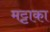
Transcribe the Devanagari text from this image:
मट्टाका